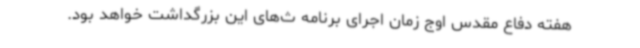
هفته دفاع مقدس اوج زمان اجرای برنامه ث‌های این بزرگداشت خواهد بود.